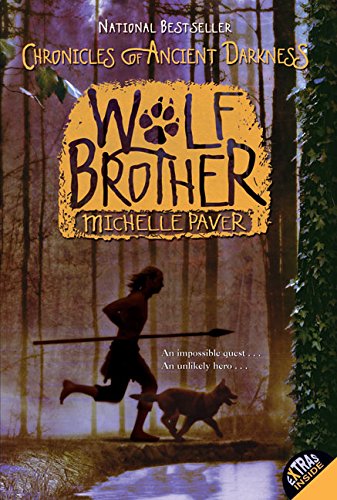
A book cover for Chronicles of Ancient Darkness #1: Wolf Brother; Michelle Paver; Children's Books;